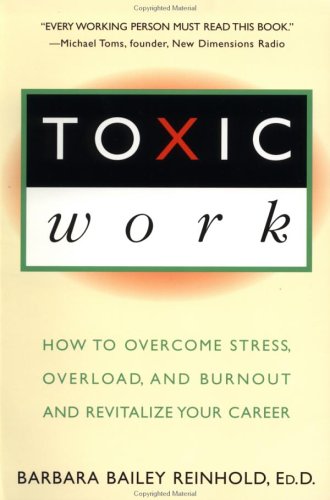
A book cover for Toxic Work: How to Overcome Stress, Overload and Burnout and RevitalizeYour Career; Barbara Bailey Reinhold; Business & Money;